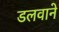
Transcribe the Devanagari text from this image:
डलवाने